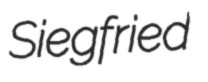
Siegfried